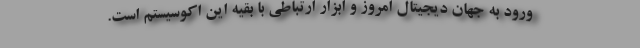
ورود به جهان دیجیتال امروز و ابزار ارتباطی با بقیه این اکوسیستم است.